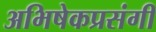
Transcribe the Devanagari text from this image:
अभिषेकप्रसंगी